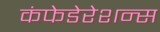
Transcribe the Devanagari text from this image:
कंफेडेरेशन्स